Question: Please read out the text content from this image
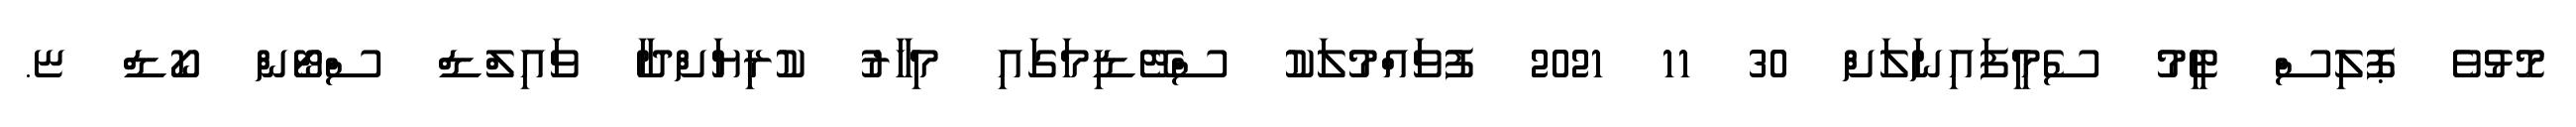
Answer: މޮޅުވެ ޕޮލިސް ޓީމު ސެމީފައިނަލަށް 30 11 2021 ފުވައްމުލަކު ސްޓޭޑިމަގައި މިހާރު ކުރިޔަށްދާ ވައިލްޑް ސްޓޯން ކޯޑް ޏ.